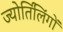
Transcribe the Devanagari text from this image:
ज्‍योर्तिलिंगों